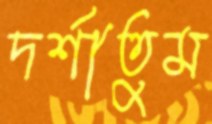
দর্শাতুম